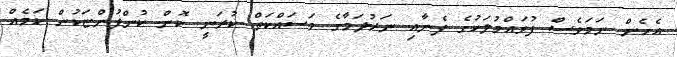
އެހެން ނަމަވެސް ފުވައްމުލަކުގެ ފެނާއި ނަރުދަމާގެ މަސައްކަތް ކުރަނީ ކޮން ކުންފުންޏަކުން ކަމެއް